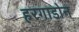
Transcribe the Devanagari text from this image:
हरगाडोन